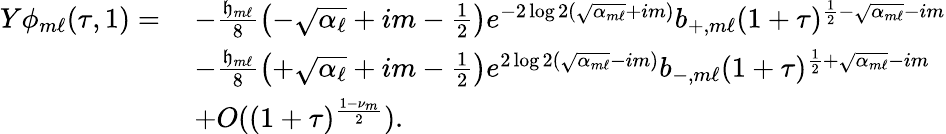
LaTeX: \begin{array}{rl}{Y\phi_{m\ell}(\tau,1)=}&{\: -\frac{{\mathfrak{h}}_{m\ell}}{8}\left(-\sqrt{\alpha_{\ell}}+im-\frac{1}{2}\right)e^{-2\log 2(\sqrt{\alpha_{m\ell}}+im)}b_{+,m\ell}(1+\tau)^{\frac{1}{2}-\sqrt{\alpha_{m\ell}}-im}}\\ &{\: -\frac{{\mathfrak{h}}_{m\ell}}{8}\left(+\sqrt{\alpha_{\ell}}+im-\frac{1}{2}\right)e^{2\log 2(\sqrt{\alpha_{m\ell}}-im)}b_{-,m\ell}(1+\tau)^{\frac{1}{2}+\sqrt{\alpha_{m\ell}}-im}}\\ &{\: +O((1+\tau)^{\frac{1-\nu_{m}}{2}}).}\end{array}